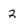
Character: 2